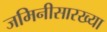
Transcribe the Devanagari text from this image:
जमिनीसारख्या